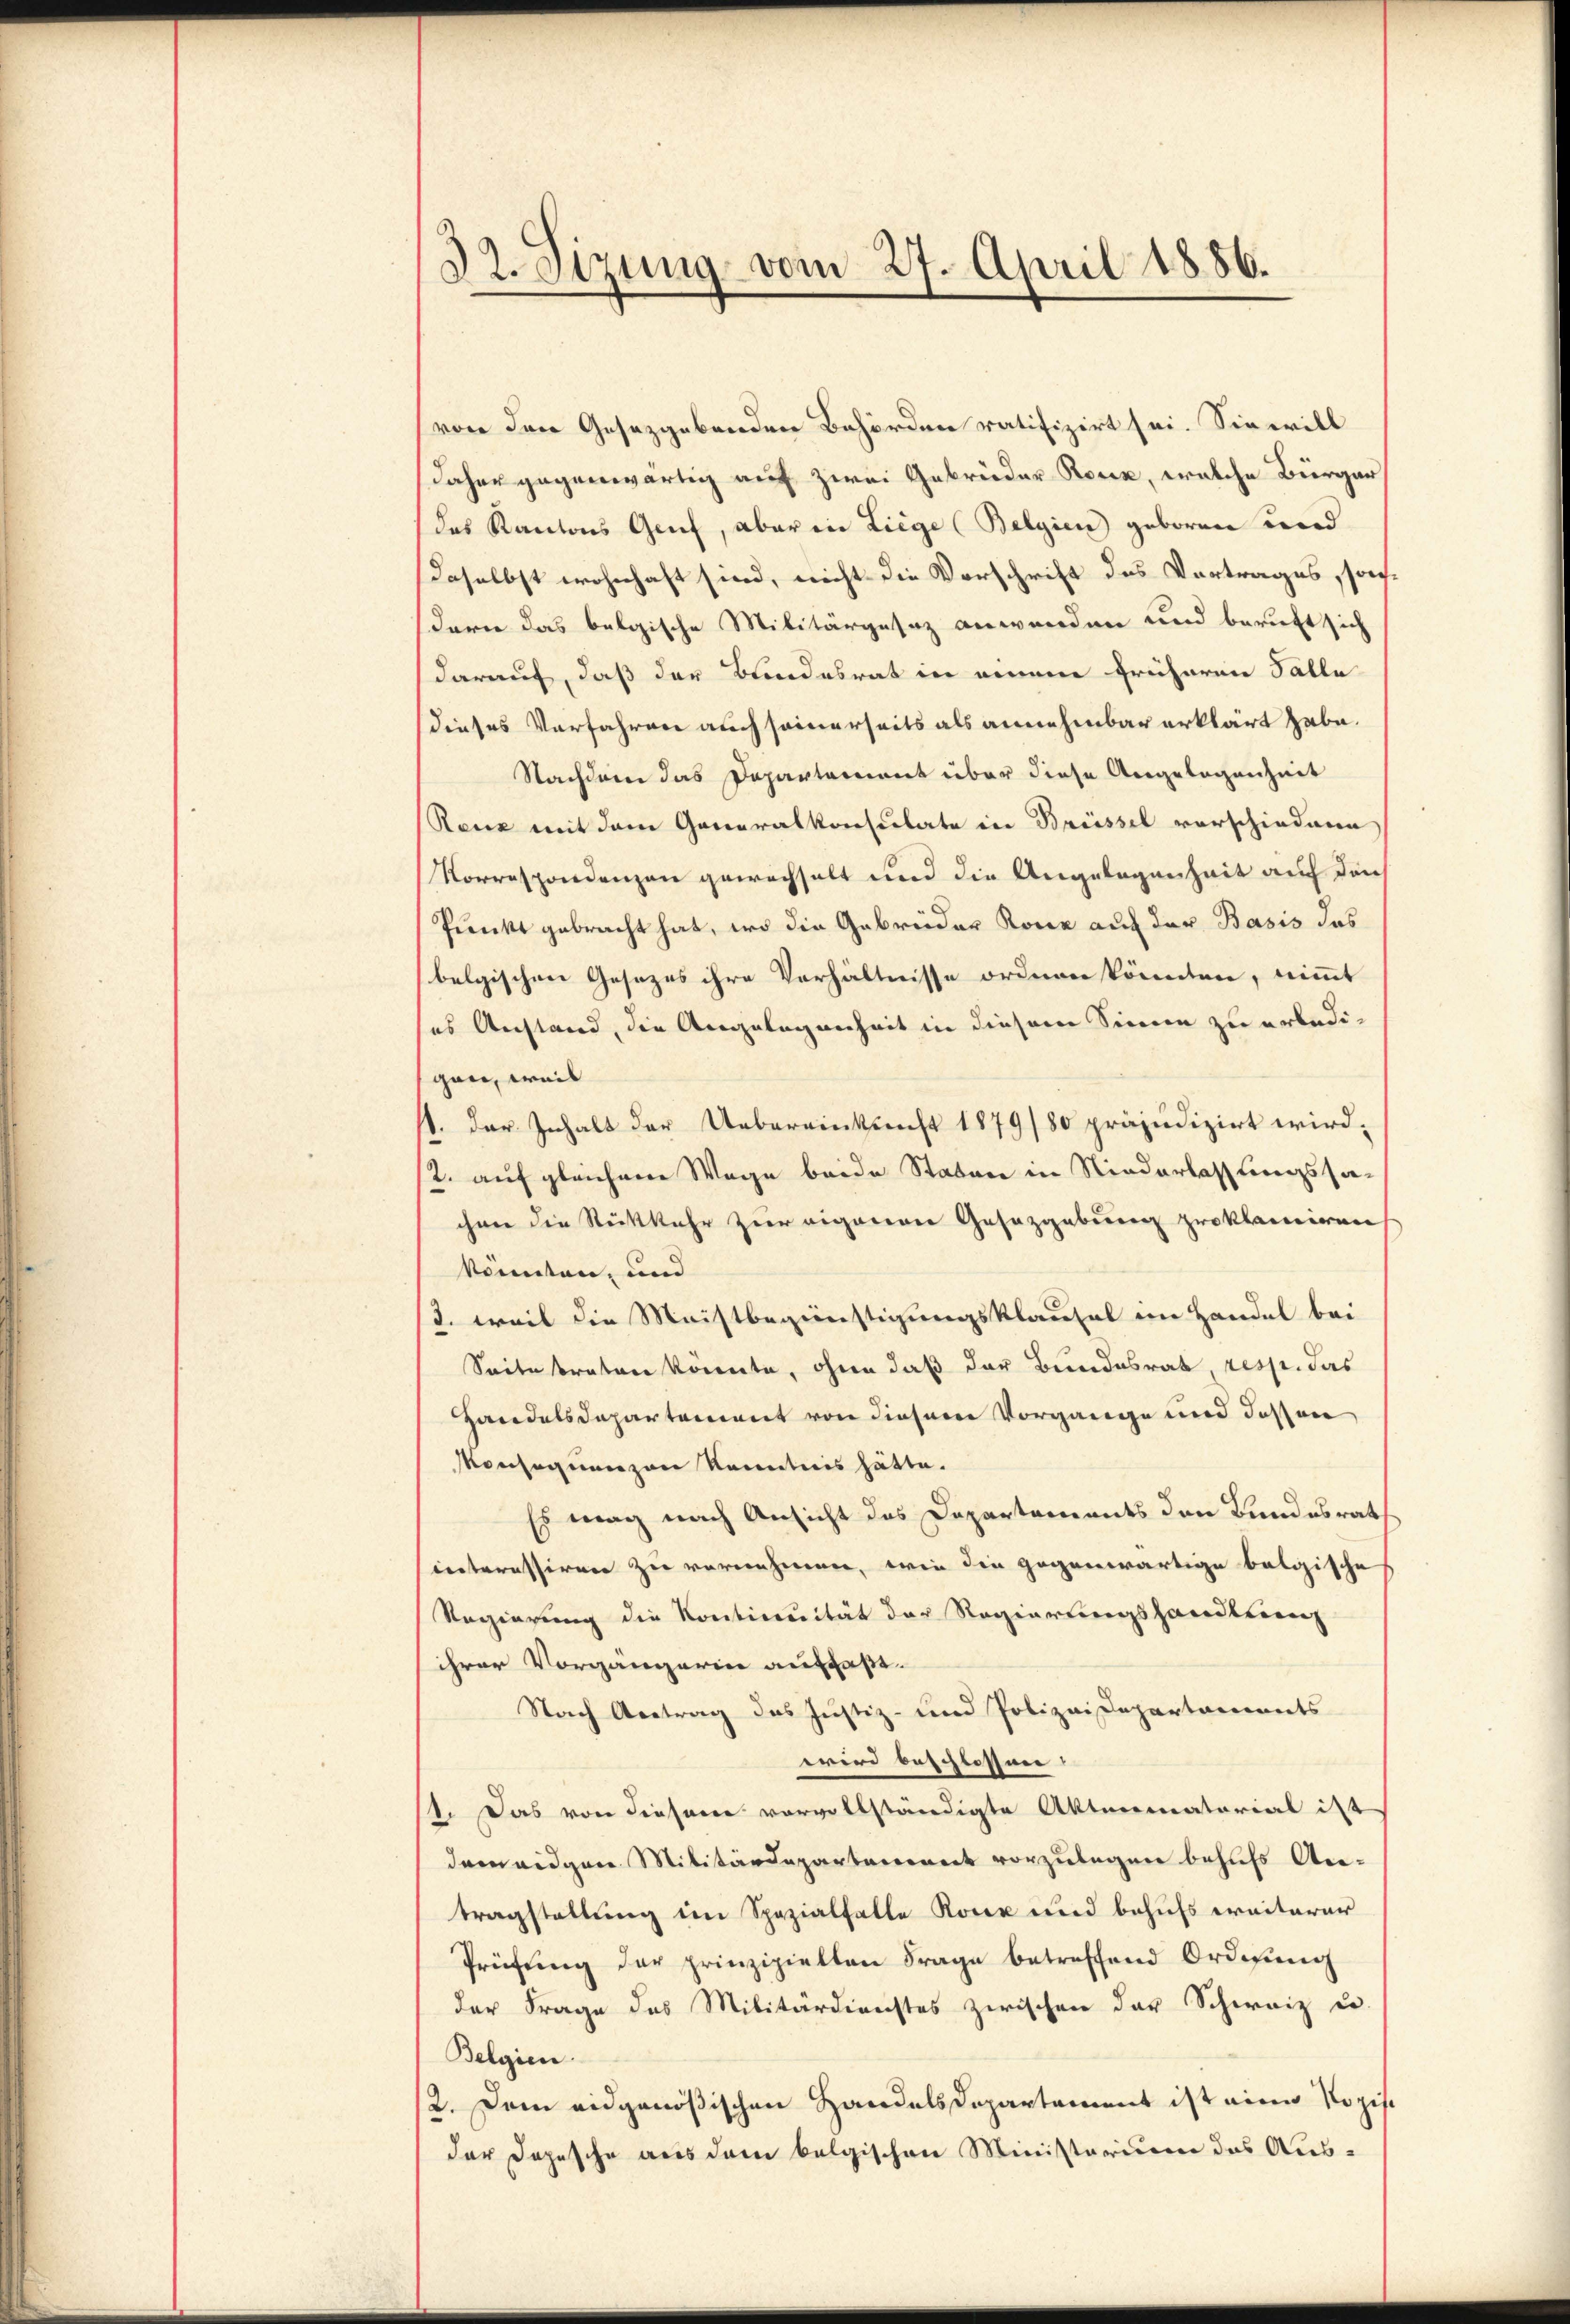
32. Sizung vom 27. April 1886.

von den Gesetzgebenden Behörden ratifizirt sei. Sie will
daher gegenwärtig auf zwei Gebrüder Rock, welche Bürger
des Kantons Genf, aber in Liege (Belgien geboren und
daselbst wohnhaft sind, nicht die Vorschrift des Vortrages, sondern das belgische Militärgesez anwenden und beruft sich
darauf, daß der Bundesrat in einem früheren Talla
dieses Verfahren auch seinerseits als annehmbar erklärt habe.
Nachdem das Departement über diese Angelegenheit
Reue mit dem Generalkonsulate in Brüssel vorschiedene
Korrespondenzen gewechselt und die Angelegenheit auf den
Punkt gebracht hat, wo die Gebrüder Kone auf der Basis das
belgischen Gesezes ihre Verhältnisse ordnen könnten, nimmt
ses Anstand, die Angelegenheit in diesem Sinnen zu erledigan, weil
11. der Inhalt der Uebereinkunft 1879/80 präjudizirt wird,
/2. auf gleichene Wege beide Staben in Niederlassungssachmer die Rückkehr zur eigenen Gesazgebung proklamiren
könnten, und
3. weil die Meistbegünstigungsklausel im Handel bei
Seite traten könnte, ohne daß der Bundesrat, resp. das
Handelsdepartement von diesem Vorgange und dessen
Konsequenzen kanntnis hätte.
Es mag nach Ansicht des Departements den Bundesrath
interessiren zu vernehmen, wie die gegenwärtige belgische
Regierung die Kontinuität der Regierungshandlung
ihrer Vorgängerin auffaße.
Nach Antrag das Justiz- und Polizeidepartaments
wird beschlossen.
1. Das von diesem vorvollständigte Aktenmatorial ist
dem eidgen Militärdepartement vorzulegen behufs Antragstellung im Spezialfalle Rone und behufs weiterer
Prüfŭng der prinzipielten Frage betreffend Ordnung
der Frage des Militärdienstes zwischen der Schweiz u
Belgien.
2. Dem eidgenößischen Handelsdepartament ist eine Kopis
der Depesche aus dem belgischen Ministerium das Aus-